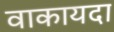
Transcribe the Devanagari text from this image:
वाकायदा